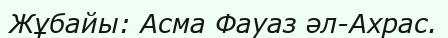
Жұбайы: Асма Фауаз әл-Ахрас.